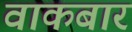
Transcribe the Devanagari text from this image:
वाकबार